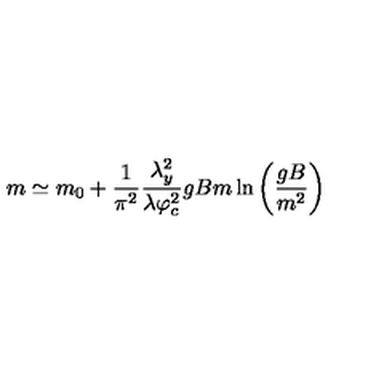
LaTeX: m \simeq m _ { 0 } + \frac { 1 } { \pi ^ { 2 } } \frac { \lambda _ { y } ^ { 2 } } { \lambda \varphi _ { c } ^ { 2 } } g B m \ln \left( \frac { g B } { m ^ { 2 } } \right)